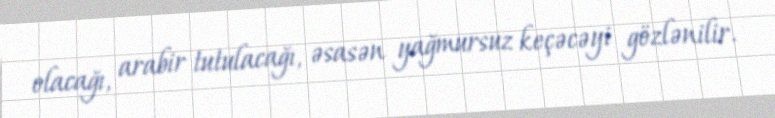
olacağı, arabir tutulacağı, əsasən yağmursuz keçəcəyi gözlənilir.